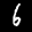
Label: 6